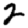
Digit: 2